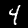
Label: 4